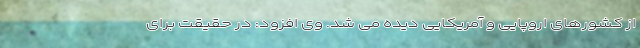
از کشورهای اروپایی و آمریکایی دیده می شد. وی افزود: در حقیقت برای